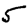
Digit: 5